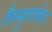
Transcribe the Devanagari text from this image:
तैम्बुरलेन